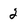
Character: 2